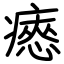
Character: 瘱